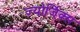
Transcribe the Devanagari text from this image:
ज्योर्जिक्स